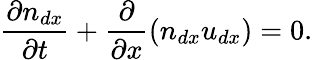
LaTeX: \frac{\partial n_{dx}}{\partial t}+\frac{\partial}{\partial x}(n_{dx}u_{dx})=0.